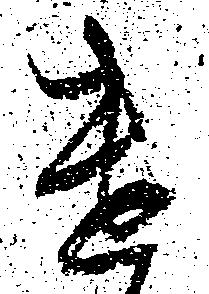
遣